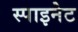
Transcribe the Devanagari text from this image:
स्पाइनेट